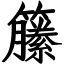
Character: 籘